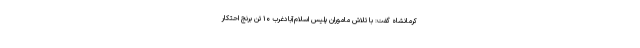
کرمانشاه گفت: با تلاش ماموران پلیس اسلام‌آبادغرب ۱۰ تن برنج احتکار